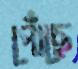
পোঁছে